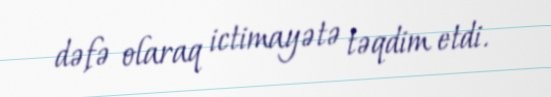
dəfə olaraq ictimayətə təqdim etdi.